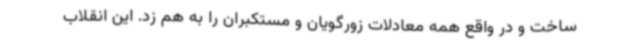
ساخت و در واقع همه معادلات زورگویان و مستکبران را به هم زد. این انقلاب